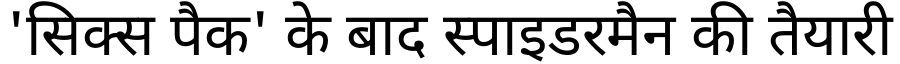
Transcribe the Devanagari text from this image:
'सिक्स पैक' के बाद स्पाइडरमैन की तैयारी